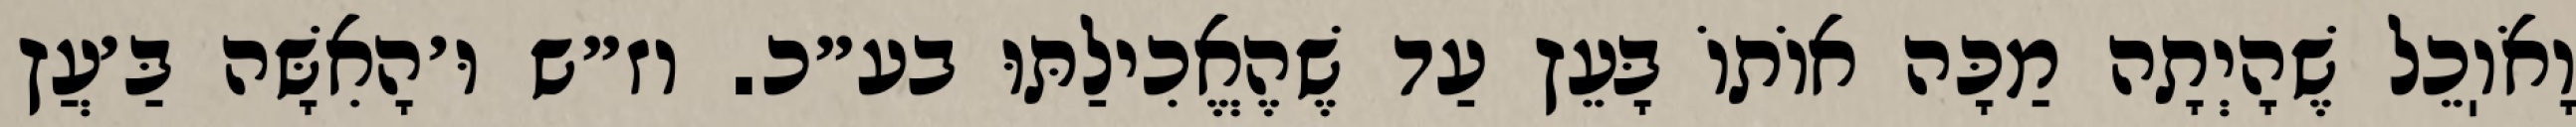
וָאֹוֽכֵל שֶׁהָיְתָה מַכָּה אוֹתוֹ בָּעֵץ עַד שֶׁהֶאֱכִילַתּוּ בע״כ. וז״ש וּ׳הָאִשָּׁה בַּ׳עֲץ